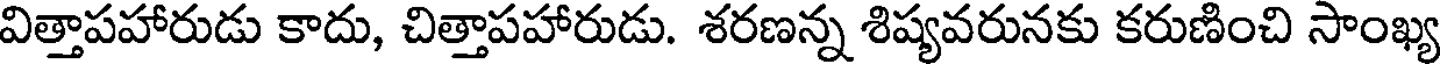
విత్తాపహారుడు కాదు, చిత్తాపహారుడు. శరణన్న శిష్యవరునకు కరుణించి సాంఖ్య